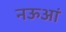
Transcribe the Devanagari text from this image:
नऊआं